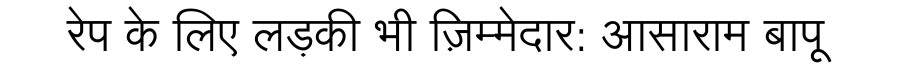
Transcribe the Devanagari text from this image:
रेप के लिए लड़की भी ज़िम्मेदार: आसाराम बापू